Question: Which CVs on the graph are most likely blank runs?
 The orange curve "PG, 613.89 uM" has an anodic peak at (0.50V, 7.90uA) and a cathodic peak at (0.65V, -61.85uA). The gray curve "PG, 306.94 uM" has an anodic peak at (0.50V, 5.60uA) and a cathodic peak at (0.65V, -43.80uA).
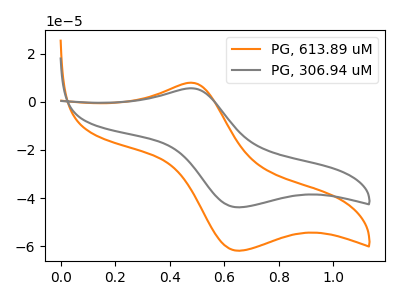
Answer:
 <answer>There are not any CV's on this graph that are likely to be blanks.</answer>
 <eval>none</eval>